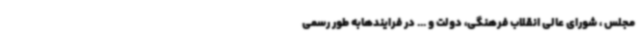
مجلس ، شورای عالی انقلاب فرهنگی، دولت و ... در فرایندهابه طور رسمی